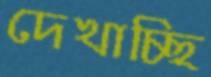
দেখাচ্ছি